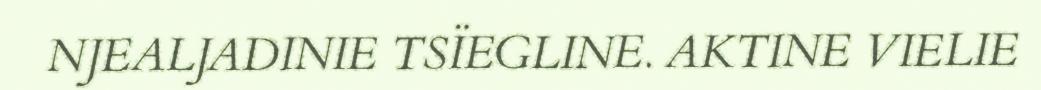
NJEALJADINIE TSÏEGLINE. AKTINE VIELIE